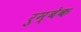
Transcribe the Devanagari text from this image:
रुम्बेक